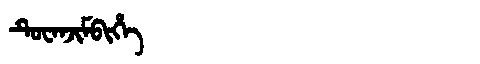
Manchu: ᡨᡠᠸᠠᠨᠵᡳᠮᠪᡳᡥᡝ
Romanization: TUWANJIMBIHE